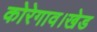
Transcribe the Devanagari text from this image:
कोरेगाव।खेड